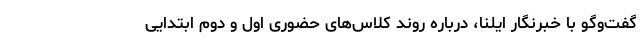
گفت‌وگو با خبرنگار ایلنا، درباره روند کلاس‌های حضوری اول و دوم ابتدایی